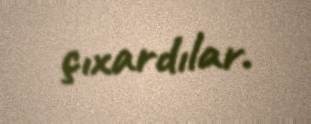
çıxardılar.